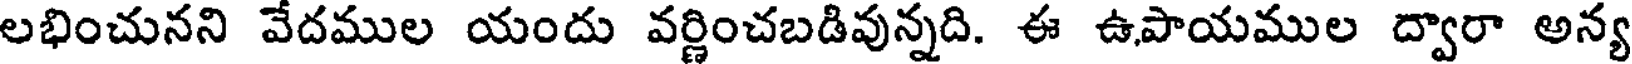
లభించునని వేదముల యందు వర్ణించబడివున్నది. ఈ ఉపాయముల ద్వారా అన్య